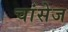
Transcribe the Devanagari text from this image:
चांसेज